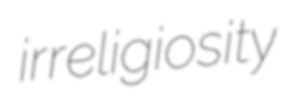
irreligiosity